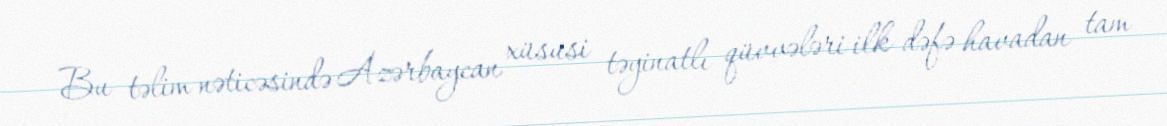
Bu təlim nəticəsində Azərbaycan xüsusi təyinatlı qüvvələri ilk dəfə havadan tam